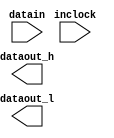
// megafunction wizard: %ALTDDIO_IN%VBB%
// GENERATION: STANDARD
// VERSION: WM1.0
// MODULE: ALTDDIO_IN 

// ============================================================
// Megafunction Name(s):
// 			ALTDDIO_IN
//
// Simulation Library Files(s):
// 			altera_mf
// ============================================================
// ************************************************************
// THIS IS A WIZARD-GENERATED FILE. DO NOT EDIT THIS FILE!
//
// 21.1.0 Build 842 10/21/2021 SJ Lite Edition
// ************************************************************

//Copyright (C) 2021  Intel Corporation. All rights reserved.
//Your use of Intel Corporation's design tools, logic functions 
//and other software and tools, and any partner logic 
//functions, and any output files from any of the foregoing 
//(including device programming or simulation files), and any 
//associated documentation or information are expressly subject 
//to the terms and conditions of the Intel Program License 
//Subscription Agreement, the Intel Quartus Prime License Agreement,
//the Intel FPGA IP License Agreement, or other applicable license
//agreement, including, without limitation, that your use is for
//the sole purpose of programming logic devices manufactured by
//Intel and sold by Intel or its authorized distributors.  Please
//refer to the applicable agreement for further details, at
//https://fpgasoftware.intel.com/eula.

module ddr_input_1 (
	datain,
	inclock,
	dataout_h,
	dataout_l);

	input	[0:0]  datain;
	input	  inclock;
	output	[0:0]  dataout_h;
	output	[0:0]  dataout_l;

endmodule

// ============================================================
// CNX file retrieval info
// ============================================================
// Retrieval info: LIBRARY: altera_mf altera_mf.altera_mf_components.all
// Retrieval info: PRIVATE: INTENDED_DEVICE_FAMILY STRING "Cyclone IV E"
// Retrieval info: CONSTANT: INTENDED_DEVICE_FAMILY STRING "Cyclone IV E"
// Retrieval info: CONSTANT: INVERT_INPUT_CLOCKS STRING "OFF"
// Retrieval info: CONSTANT: LPM_HINT STRING "UNUSED"
// Retrieval info: CONSTANT: LPM_TYPE STRING "altddio_in"
// Retrieval info: CONSTANT: POWER_UP_HIGH STRING "OFF"
// Retrieval info: CONSTANT: WIDTH NUMERIC "1"
// Retrieval info: USED_PORT: datain 0 0 1 0 INPUT NODEFVAL "datain[0..0]"
// Retrieval info: CONNECT: @datain 0 0 1 0 datain 0 0 1 0
// Retrieval info: USED_PORT: dataout_h 0 0 1 0 OUTPUT NODEFVAL "dataout_h[0..0]"
// Retrieval info: CONNECT: dataout_h 0 0 1 0 @dataout_h 0 0 1 0
// Retrieval info: USED_PORT: dataout_l 0 0 1 0 OUTPUT NODEFVAL "dataout_l[0..0]"
// Retrieval info: CONNECT: dataout_l 0 0 1 0 @dataout_l 0 0 1 0
// Retrieval info: USED_PORT: inclock 0 0 0 0 INPUT_CLK_EXT NODEFVAL "inclock"
// Retrieval info: CONNECT: @inclock 0 0 0 0 inclock 0 0 0 0
// Retrieval info: GEN_FILE: TYPE_NORMAL ddr_input_1.v TRUE FALSE
// Retrieval info: GEN_FILE: TYPE_NORMAL ddr_input_1.qip TRUE FALSE
// Retrieval info: GEN_FILE: TYPE_NORMAL ddr_input_1.bsf TRUE TRUE
// Retrieval info: GEN_FILE: TYPE_NORMAL ddr_input_1_inst.v TRUE TRUE
// Retrieval info: GEN_FILE: TYPE_NORMAL ddr_input_1_bb.v TRUE TRUE
// Retrieval info: GEN_FILE: TYPE_NORMAL ddr_input_1.inc FALSE TRUE
// Retrieval info: GEN_FILE: TYPE_NORMAL ddr_input_1.cmp FALSE TRUE
// Retrieval info: GEN_FILE: TYPE_NORMAL ddr_input_1.ppf TRUE FALSE
// Retrieval info: LIB_FILE: altera_mf